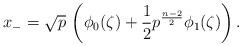
LaTeX: \begin{align*}x_{-}=\sqrt{p}\,\left(\phi_{0}(\zeta)+\frac{1}{2}p^{\frac{n-2}{2}}\phi_{1}(\zeta)\right).\end{align*}